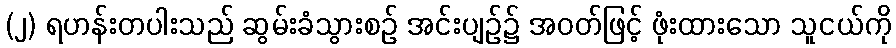
(၂) ရဟန်းတပါးသည် ဆွမ်းခံသွားစဉ် အင်းပျဉ်၌ အဝတ်ဖြင့် ဖုံးထားသော သူငယ်ကို